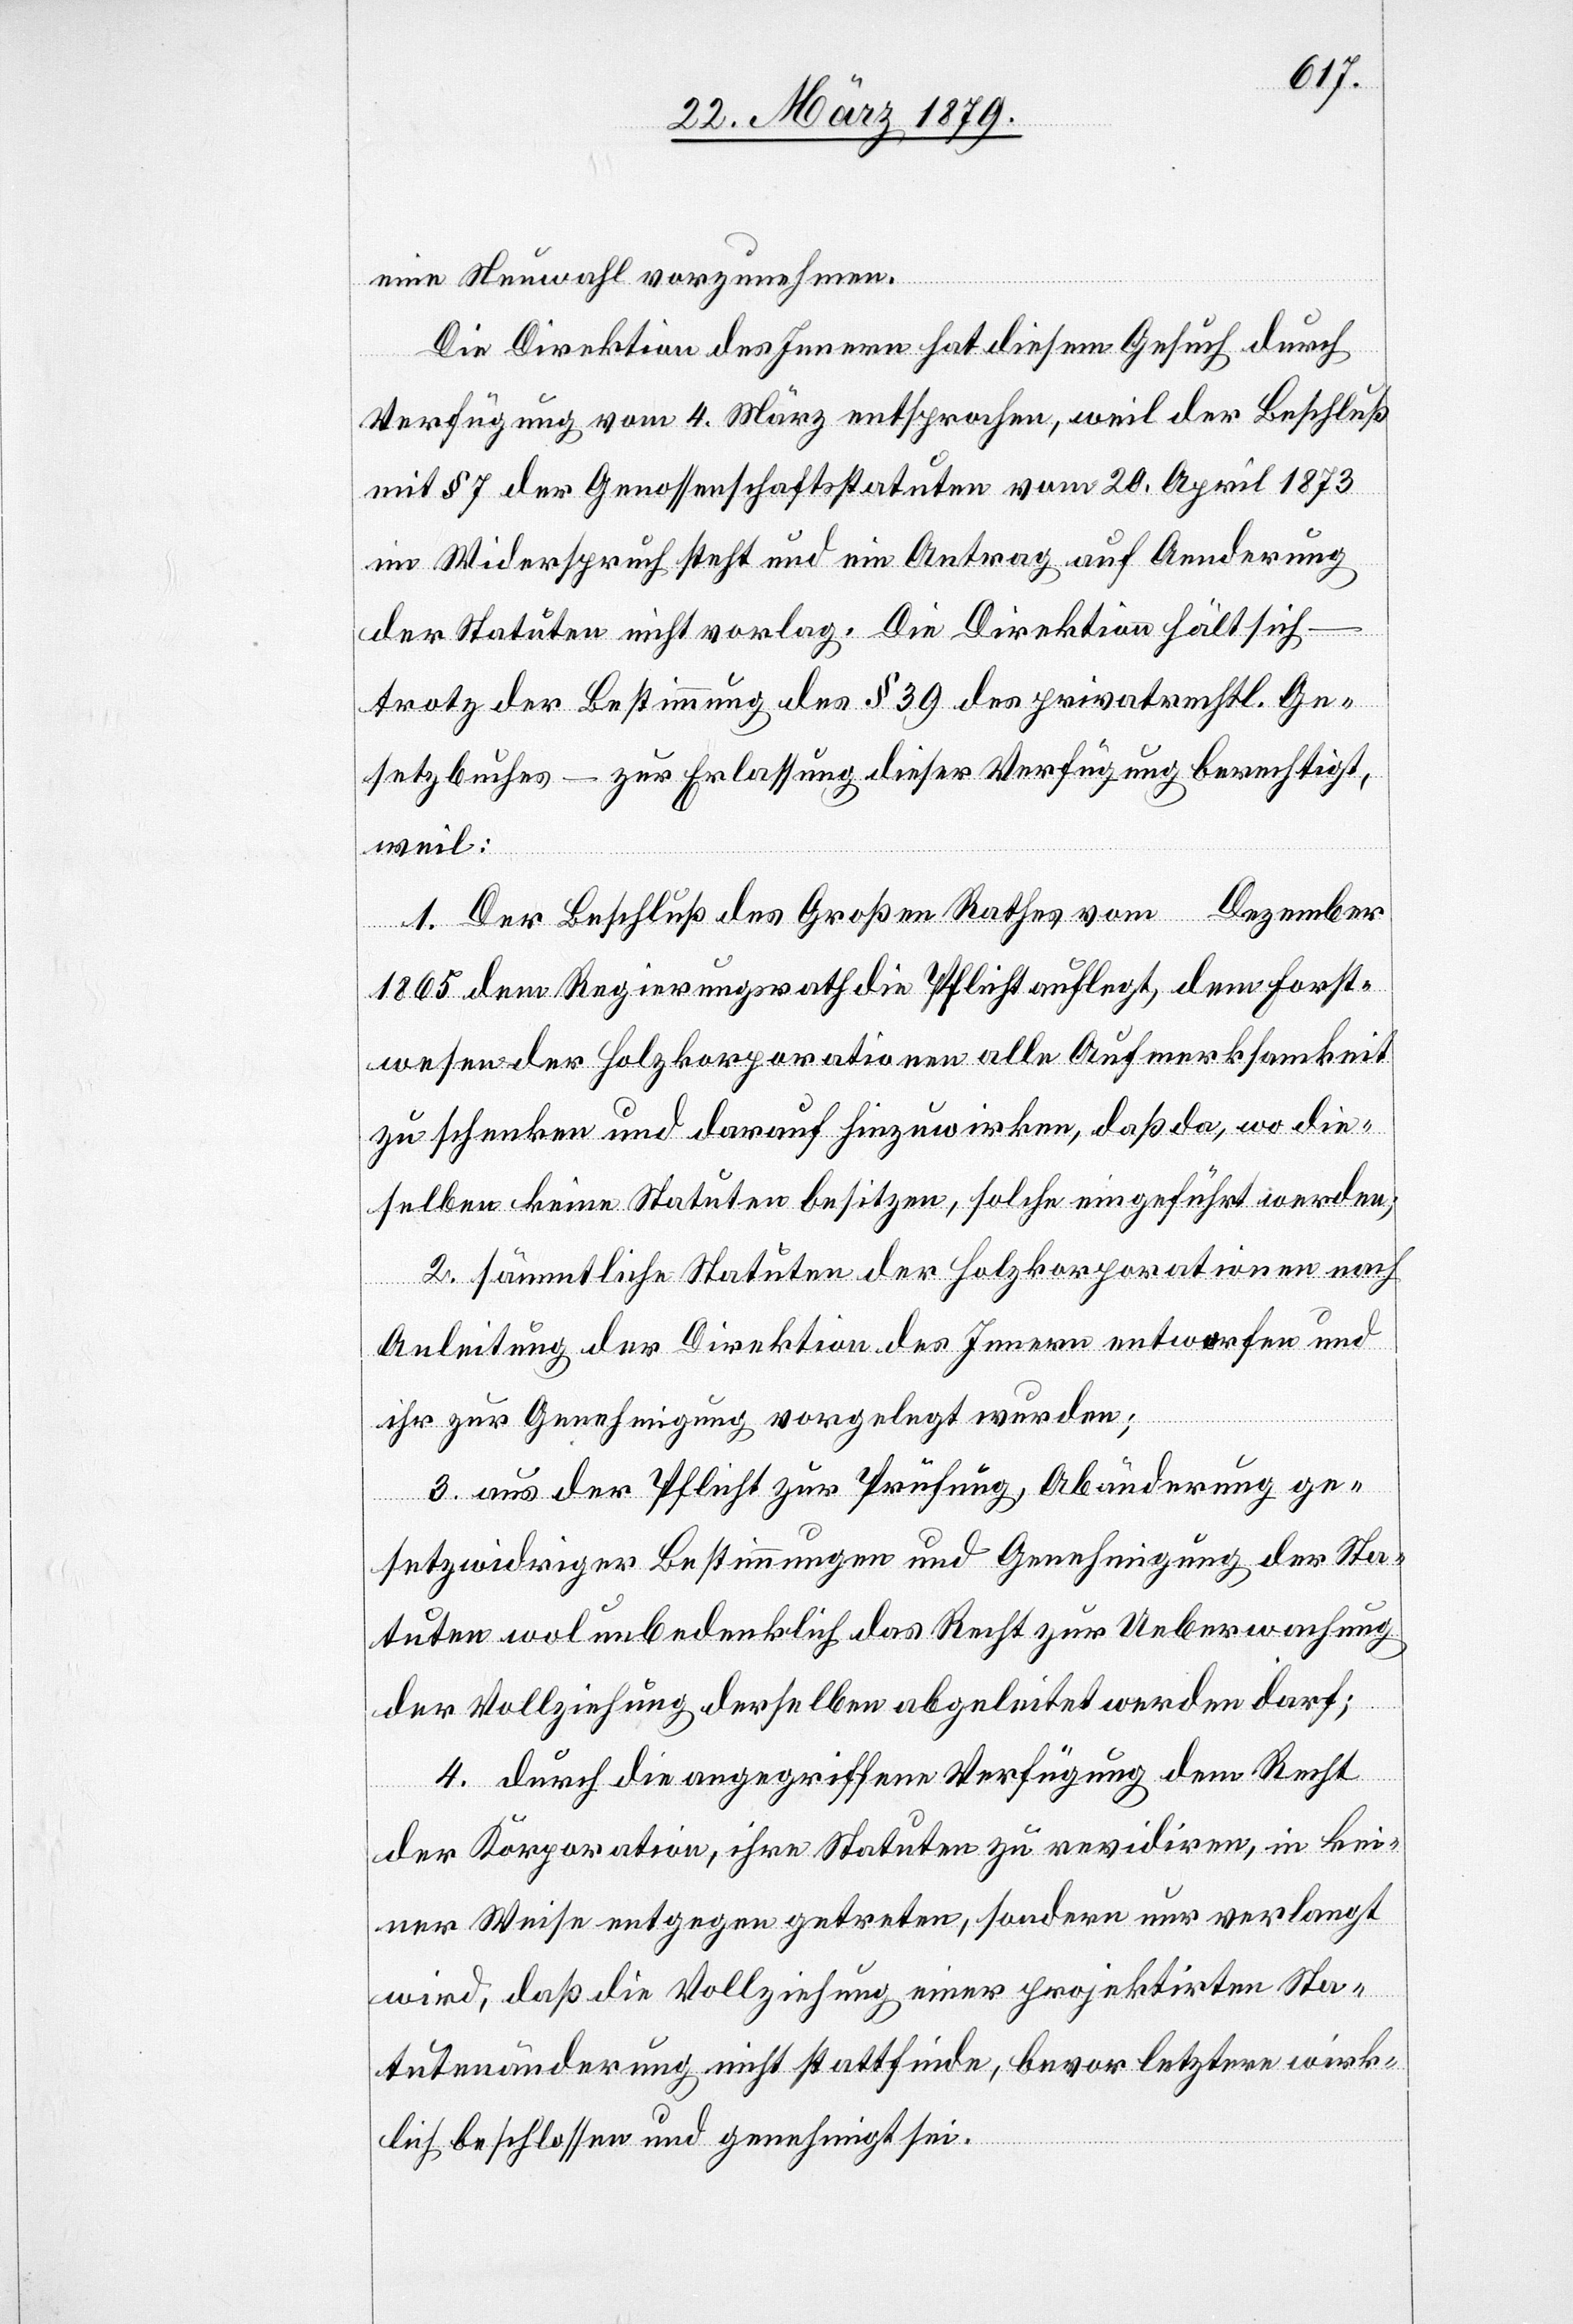
eine Neuwahl vorzunehmen.
Die Direktion des Innern hat diesem Gesuch durch
Verfügung vom 4. März entsprochen, weil der Beschluß
mit § 7 der Genossenschaftsstatuten vom 20. April 1873
in Widerspruch steht und ein Antrag auf Aenderung
der Statuten nicht vorlag. Die Direktion hält sich
trotz der Bestimmung des § 39 des privatrechtl. Ge¬
setzbuches – zur Erlassung dieser Verfügung berechtigt,
weil:
1. Der Beschluß des Großen Rathes vom … Dezember
1865 dem Regierungsrath die Pflicht auflegt, dem Forst¬
wesen der Holzkorporationen alle Aufmerksamkeit
zu schenken und darauf hinzuwirken, daß da, wo die¬
selben keine Statuten besitzen, solche eingeführt werden;
2. sämmtliche Statuten der Holzkorporationen nach
Anleitung der Direktion des Innern entworfen und
ihr zur Genehmigung vorgelegt wurden;
3. aus der Pflicht zur Prüfung, Abänderung ge¬
setzwidriger Bestimmungen und Genehmigung der Sta¬
tuten wol unbedenklich das Recht zur Ueberwachung
der Vollziehung derselben abgeleitet werden darf;
4. durch die angegriffene Verfügung dem Recht
der Korporation, ihre Statuten zu revidiren, in kei¬
ner Weise entgegen getreten, sondern nur verlangt
wird, daß die Vollziehung einer projektirten Sta¬
tutenänderung nicht stattfinde, bevor letztere wirk¬
lich beschlossen und genehmigt sei.